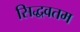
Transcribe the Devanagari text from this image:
सिद्धवतम